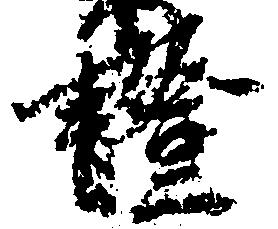
証